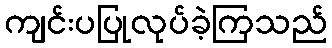
ကျင်းပပြုလုပ်ခဲ့ကြသည်